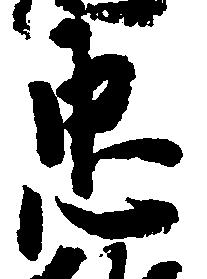
忠